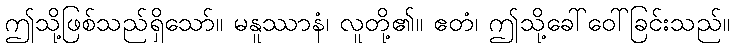
ဤသို့ဖြစ်သည်ရှိသော်။ မနူဿာနံ၊ လူတို့၏။ ဧတံ၊ ဤသို့ခေါ်ဝေါ်ခြင်းသည်။